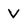
Character: V